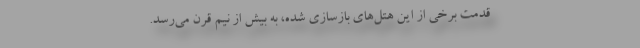
قدمت برخی از این هتل‌هایِ بازسازی شده، به بیش از نیم قرن می‌رسد.